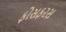
ફોસફરસ